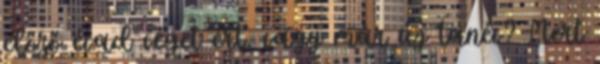
előző évad véget ért, vagy már új tanév? Mert